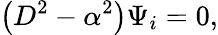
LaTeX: \left(D^{2}-\alpha^{2}\right)\Psi_{i}=0,